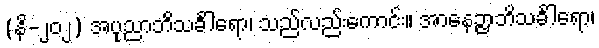
(နိ-၂၀၂) အပုညာဘိသင်္ခါရော၊ သည်လည်းကောင်း။ အာနေဉ္ဇာဘိသင်္ခါရော၊